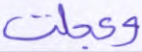
وعجلت